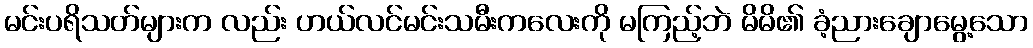
မင်းပရိသတ်များက လည်း ဟယ်လင်မင်းသမီးကလေးကို မကြည့်ဘဲ မိမိ၏ ခံ့ညားချောမွေ့သော